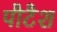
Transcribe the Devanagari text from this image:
पौटैश